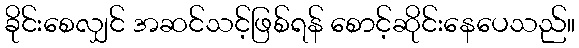
ခိုင်းစေလျှင် အဆင်သင့်ဖြစ်ရန် စောင့်ဆိုင်းနေပေသည်။